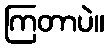
ကြတာပဲ။